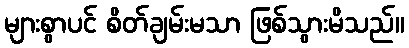
များစွာပင် စိတ်ချမ်းမသာ ဖြစ်သွားမိသည်။